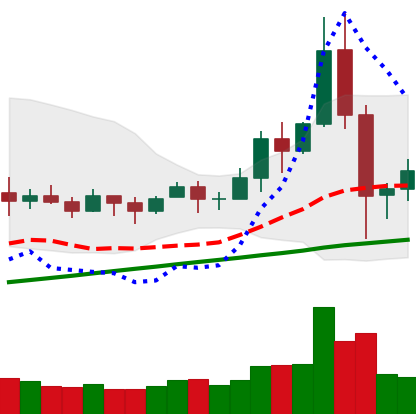
Ticker: BNB-USD
Chart end date: 2020-11-28
Forward return: 5.354%
Label: up_5_7